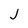
Character: j